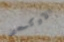
الاوكسجين